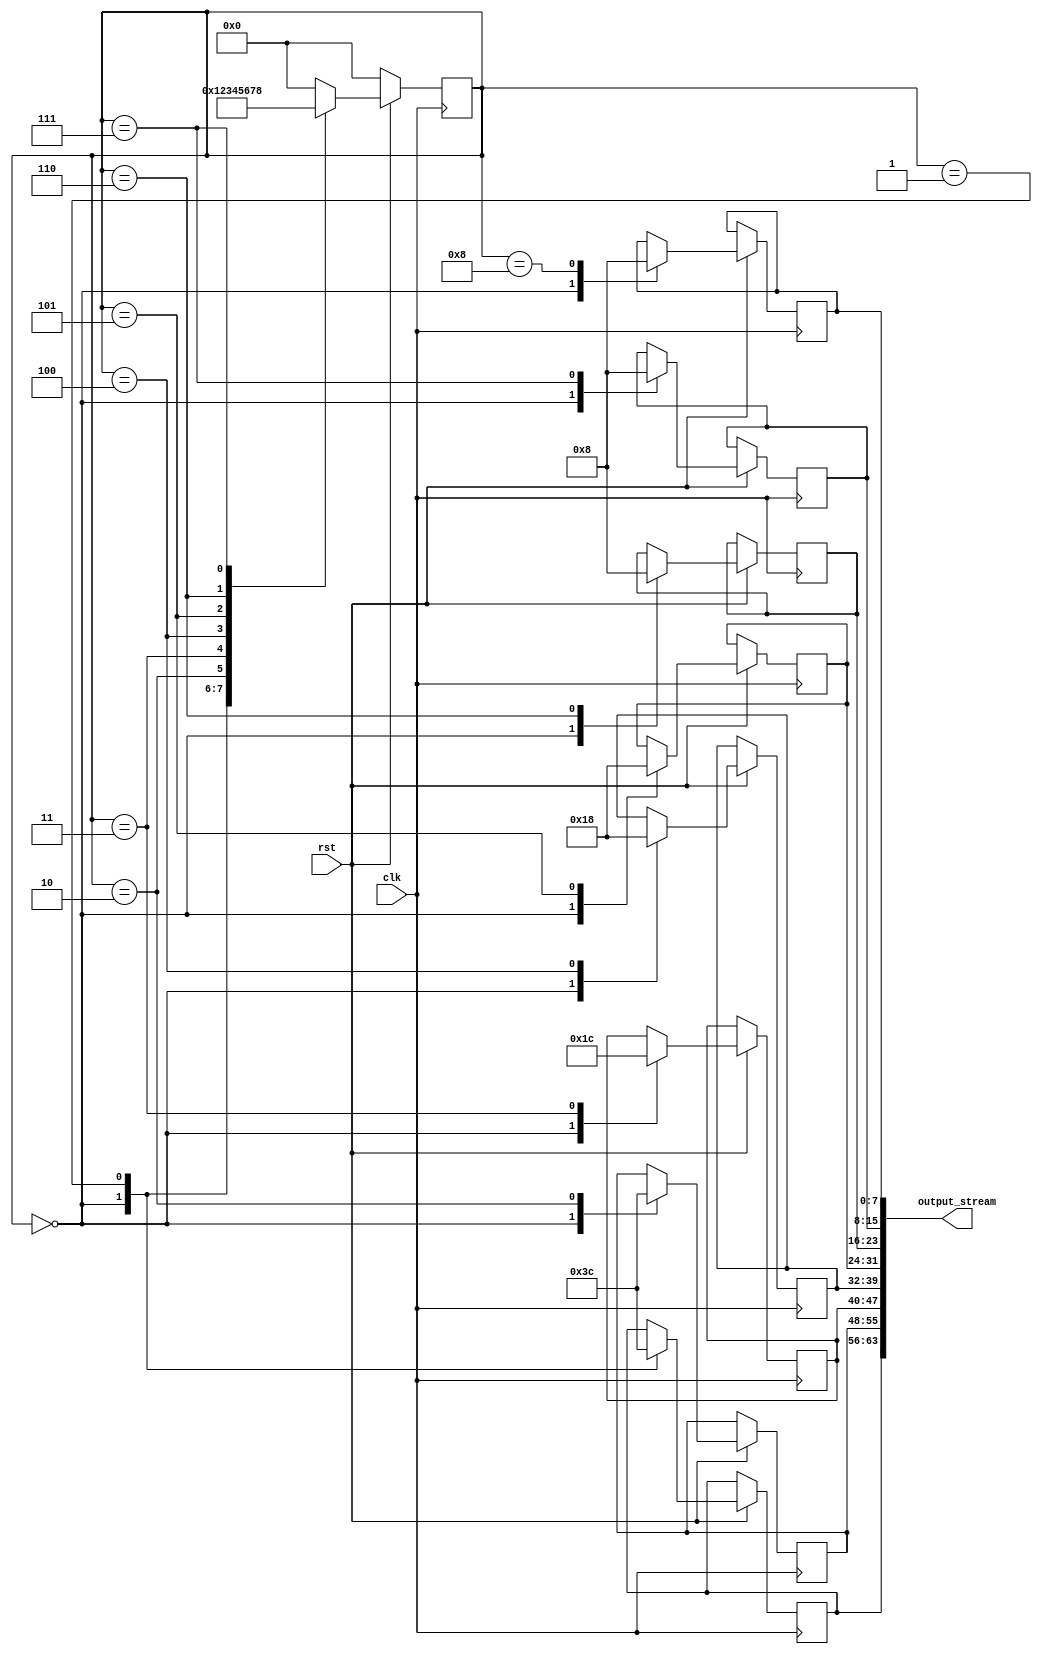


module MockMatrixStream(clk,rst,output_stream); 

	input [0:0] clk, rst; 
	output [63:0] output_stream; 
	reg [7:0] matrix[7:0];
	reg [3:0] state; 
	always @ (posedge clk) 
		begin
			if (!rst) 
				begin
					state <= 0;
				end	
			else 
				begin
					case(state)
						0: 
						begin
							matrix[0] = 8'b00000000; 
							matrix[1] = 8'b00000000;
							matrix[2] = 8'b00000000;
							matrix[3] = 8'b00000000;
							matrix[4] = 8'b00000000;
							matrix[5] = 8'b00000000;
							matrix[6] = 8'b00000000; 
							matrix[7] = 8'b00000000;  
							state<= 1;
						end
						1: begin matrix[7] = 8'b00111100; state<= 2;end
						2: begin matrix[6] = 8'b00111100; state<= 3;end
						3: begin matrix[5] = 8'b00011100; state<= 4;end
						4: begin matrix[4] = 8'b00011000; state<= 5;end
						5: begin matrix[3] = 8'b00011000; state<= 6;end
						6: begin matrix[2] = 8'b00001000; state<= 7;end
						7: begin matrix[1] = 8'b00001000; state<= 8;end
						8: begin matrix[0] = 8'b00001000; state<= 0;end
						default: begin state<= 0; end	
					endcase
				end
			end

	assign output_stream = {matrix[7],matrix[6],matrix[5],matrix[4],matrix[3],matrix[2],matrix[1],matrix[0]};

endmodule